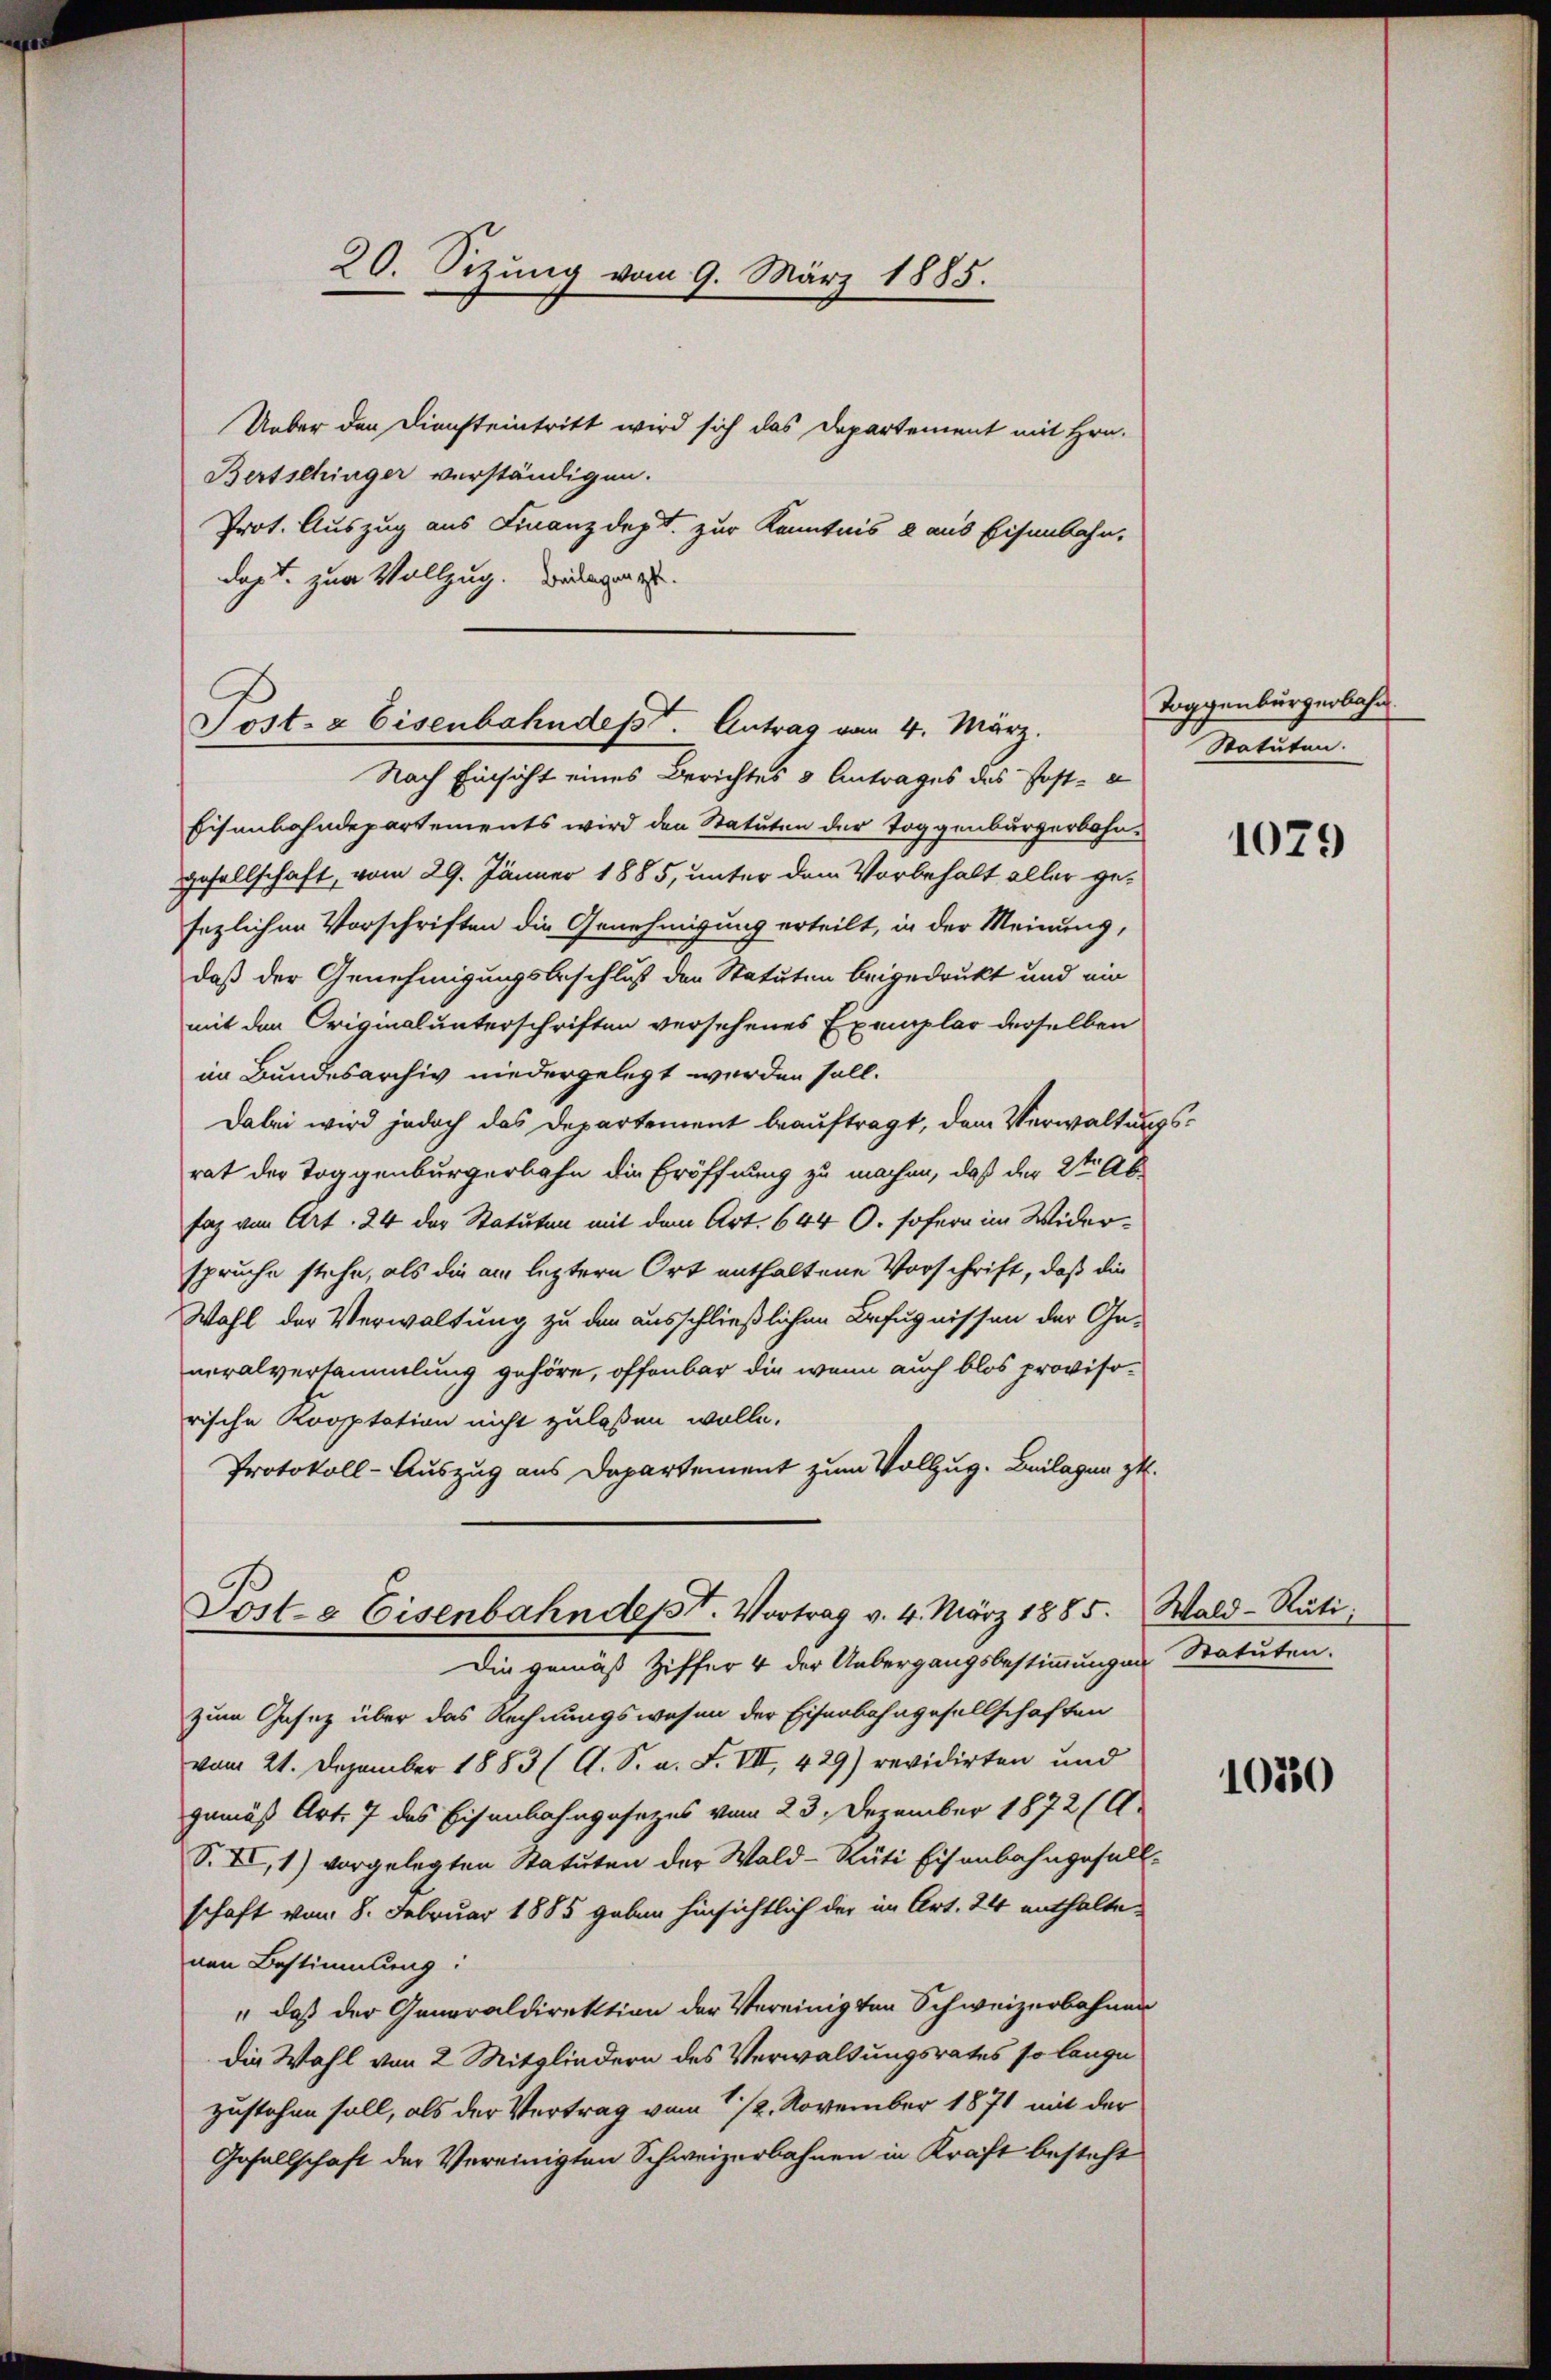
20. Sizung vom 9. März 1885.

Ueber den Diensteintritt wird sich das Departement mit Hrn.
Bertschinger verständigen.
Prot. Auszug aus Finanzdept. zur Kenntnis 2 aus Eisenbahn,
dapt. zur Vollzug. Wieder g

Post- & Eisenbahndept. Antrag vom 4. März.
Nach Einsicht eines Berichtes & Antrages des Post-

Eisenbahndepartements wird den Statuten der Toggenburgerbahn-
gesellschaft, vom 29. Jänner 1885, unter dem Vorbehalt aller gesezlichen Vorschriften die Genehmigung erteilt, in der Meinung,
daß der Genehmigungsbeschluß der Statuten beigedruckt und ein
mit den Originalunterschriften versehenes Exemplar derselben
im Bundesarchiv niedergelegt werden soll.
Dabei wird jedoch das Departement beauftragt, dem Verwaltungsrat der Toggenburgerbahn die Eröffnung zu machen, daß der 2ten Ab
Faz von Art. 24 der Statuten mit dem Art. 644 0. sofern im Widerspruche stehe, als die am leztern Ort enthaltene Vorschrift, daß die
Wahl der Verwaltung zu den ausschließlichen Befugnissen der Ge-
neralversammlung gehöre, offenbar die wenn auch blos provisorische Kooptation nicht zulaßen wolle.
Protokoll-Auszug aus Departement zum Vollzug. Beilagen zu.
Post- & Eisenbahndept. Vortrag v. 4. März 1885. Wald–Rüti¬
Die gemäß Ziffer 4 der Uebergangsbestimmungen Statuten.
zum Gesetz über das Rechnungswesen der Eisenbahngesellschaften
vom 21. Dezember 1883 (A. S. a. F. VII, 429) revidirten und
gemäß Art. 7 des Eisenbahngesezes vom 23. Dezember 1872 (1
S. II, 1) vorgelegten Statuten der Wald–Rüti Eisenbahngefall-
schaft vom 8. Februar 1885 gaben hinsichtlich der im Art. 24 enthaltenen Bestimmung:
" daß der Generaldirektion der Vereinigten Schweizerbahnen
die Wahl von 2 Mitgliedern des Verwaltungsrates so lange
zustehen soll, als der Vertrag vom 1./2. November 1871 mit der
Gesellschaft der Vereinigten Schweizerbahnen in Kraft besteht

Toggenbürgerbahn
Statuten.

1079

1030